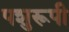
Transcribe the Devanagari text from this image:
पशुरूपी